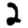
Digit: 2